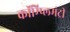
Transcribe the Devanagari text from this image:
कॉम्प्लिमंट्री